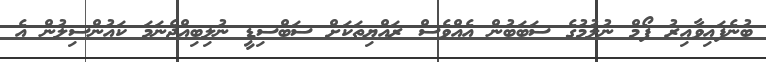
ބުނެފައިވާއިރު ފޯމް ނުލުމުގެ ސަބަބުން އެއްވެސް ރައްޔިތަކަށް ސަބްސިޑީ ނުލިބިއްޖެނަމަ ކައުންސިލުން އެ